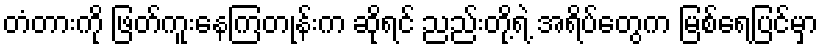
တံတားကို ဖြတ်ကူးနေကြတုန်းက ဆိုရင် ညည်းတို့ရဲ့ အရိပ်တွေက မြစ်ရေပြင်မှာ